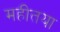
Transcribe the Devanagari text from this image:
महीतया